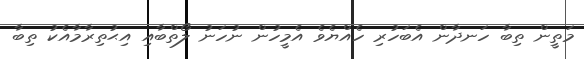
މަތީން ތިބާ ހަނދާން އެބަހުރި ހެއްޔެވެ އެމީހުން ނުހަނު ލޯތްބާއި އިޙުތިރާމާއެކު ތިބާ